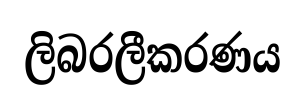
ලිබරලීකරණය